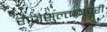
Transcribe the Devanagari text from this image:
राजेसुल्तानपुरी